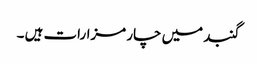
گنبد میں چار مزارات ہیں ۔